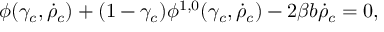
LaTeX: \phi ( \gamma _ { c } , \dot { \rho } _ { c } ) + ( 1 - \gamma _ { c } ) \phi ^ { 1 , 0 } ( \gamma _ { c } , \dot { \rho } _ { c } ) - 2 \beta b \dot { \rho } _ { c } = 0 ,